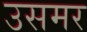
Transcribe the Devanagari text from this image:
उसमर